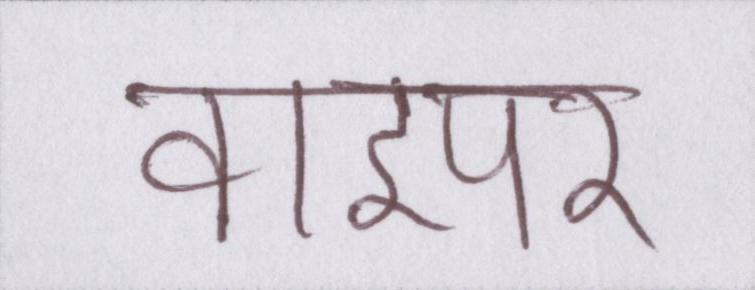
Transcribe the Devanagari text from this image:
वाइपर